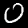
Digit: 0